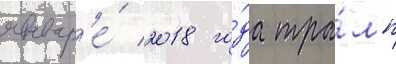
январ'е́ 2018 го́да тра́мп